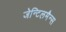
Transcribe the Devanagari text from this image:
जेन्टिलमैन्स